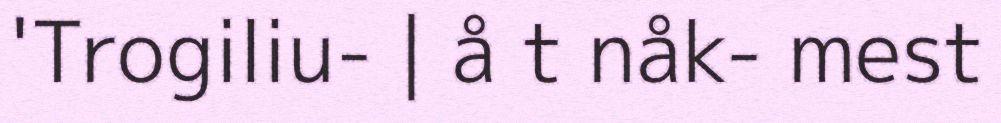
'Trogiliu- | å t nåk- mest